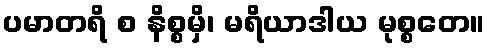
ပမာတရိ စ နိစ္စမှိ၊ မရိယာဒါယ မုစ္စတေ။